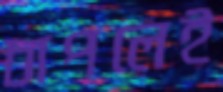
চাপলেই